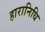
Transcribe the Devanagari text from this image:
हारानिधि